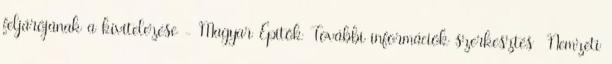
feljárójának a kivitelezése - Magyar Építők További információk szerkesztés Nemzeti